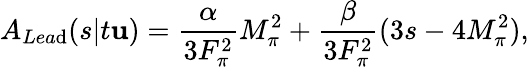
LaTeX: A_{Lea\mathrm{d}}(s|t\mathbf{u})=\frac{{\alpha}}{{3F_{\pi}^{2}}}M_{\pi}^{2}+\frac{{\beta}}{{3F_{\pi}^{2}}}(3s-4M_{\pi}^{2}),